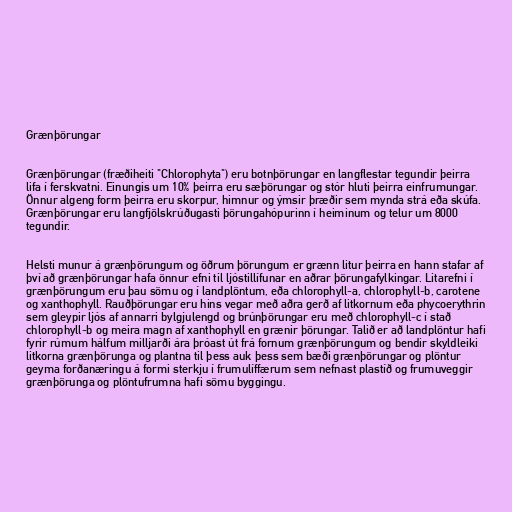
Grænþörungar

Grænþörungar (fræðiheiti "Chlorophyta") eru botnþörungar en langflestar tegundir þeirra
lifa í ferskvatni. Einungis um 10% þeirra eru sæþörungar og stór hluti þeirra einfrumungar.
Önnur algeng form þeirra eru skorpur, himnur og ýmsir þræðir sem mynda strá eða skúfa.
Grænþörungar eru langfjölskrúðugasti þörungahópurinn í heiminum og telur um 8000
tegundir.

Helsti munur á grænþörungum og öðrum þörungum er grænn litur þeirra en hann stafar af
því að grænþörungar hafa önnur efni til ljóstillífunar en aðrar þörungafylkingar. Litarefni í
grænþörungum eru þau sömu og í landplöntum, eða chlorophyll-a, chlorophyll-b, carotene
og xanthophyll. Rauðþörungar eru hins vegar með aðra gerð af litkornum eða phycoerythrin
sem gleypir ljós af annarri bylgjulengd og brúnþörungar eru með chlorophyll-c í stað
chlorophyll-b og meira magn af xanthophyll en grænir þörungar. Talið er að landplöntur hafi
fyrir rúmum hálfum milljarði ára þróast út frá fornum grænþörungum og bendir skyldleiki
litkorna grænþörunga og plantna til þess auk þess sem bæði grænþörungar og plöntur
geyma forðanæringu á formi sterkju í frumulíffærum sem nefnast plastíð og frumuveggir
grænþörunga og plöntufrumna hafi sömu byggingu.